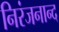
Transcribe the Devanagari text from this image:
निरंजनान्द